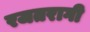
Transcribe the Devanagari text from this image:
रजतरागी